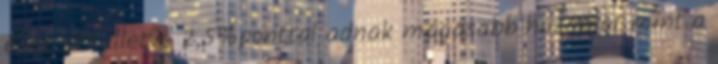
éves 1,75 illetve 2,5%ponttal adnak magasabb hozamot mint a